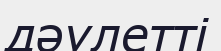
дәулетті